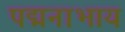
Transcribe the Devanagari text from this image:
पद्मनाभाय